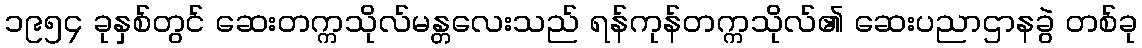
၁၉၅၄ ခုနှစ်တွင် ဆေးတက္ကသိုလ်မန္တလေးသည် ရန်ကုန်တက္ကသိုလ်၏ ဆေးပညာဌာနခွဲ တစ်ခု